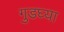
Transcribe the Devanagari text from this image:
गुडघ्या